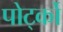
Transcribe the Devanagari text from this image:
पोर्ट्को